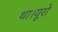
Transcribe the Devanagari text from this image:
था।यूरो